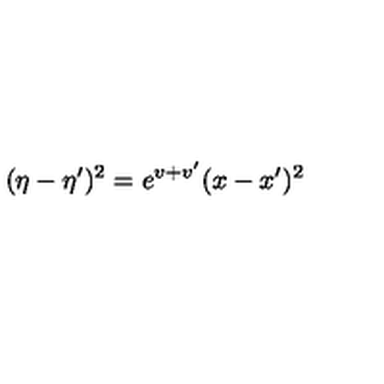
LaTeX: ( \eta - \eta ^ { \prime } ) ^ { 2 } = e ^ { v + v ^ { \prime } } ( x - x ^ { \prime } ) ^ { 2 }